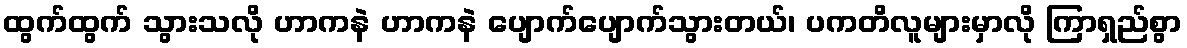
ထွက်ထွက် သွားသလို ဟာကနဲ ဟာကနဲ ပျောက်ပျောက်သွားတယ်၊ ပကတိလူများမှာလို ကြာရှည်စွာ